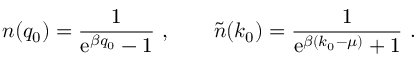
n ( q _ { 0 } ) = { \frac { 1 } { \mathrm { e } ^ { \beta q _ { 0 } } - 1 } } \ , \qquad { \tilde { n } } ( k _ { 0 } ) = { \frac { 1 } { \mathrm { e } ^ { \beta ( k _ { 0 } - \mu ) } + 1 } } \ .